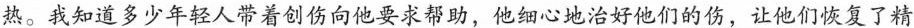
热。我知道多少年轻人带着创伤向他要求帮助，他细心地治好他们的伤，让他们恢复了精